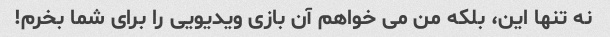
نه تنها این، بلکه من می خواهم آن بازی ویدیویی را برای شما بخرم!